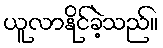
ယူလာနိုင်ခဲ့သည်။